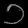
Digit: ၁